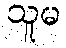
သူမ